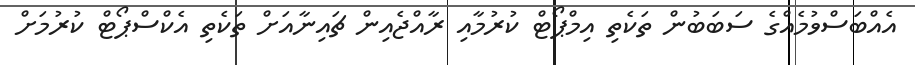
އެއްބަސްވުމެއްގެ ސަބަބުން ތަކެތި އިމްޕޯޓް ކުރުމާއި ރާއްޖެއިން ޗައިނާއަށް ތަކެތި އެކްސްޕޯޓް ކުރުމަށް